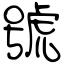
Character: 號